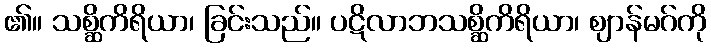
၏။ သစ္ဆိကိရိယာ၊ ခြင်းသည်။ ပဋိလာဘသစ္ဆိကိရိယာ၊ ဈာန်မဂ်ကို